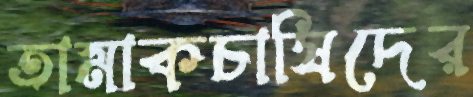
তামাকচাষিদের